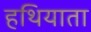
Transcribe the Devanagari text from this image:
हथियाता